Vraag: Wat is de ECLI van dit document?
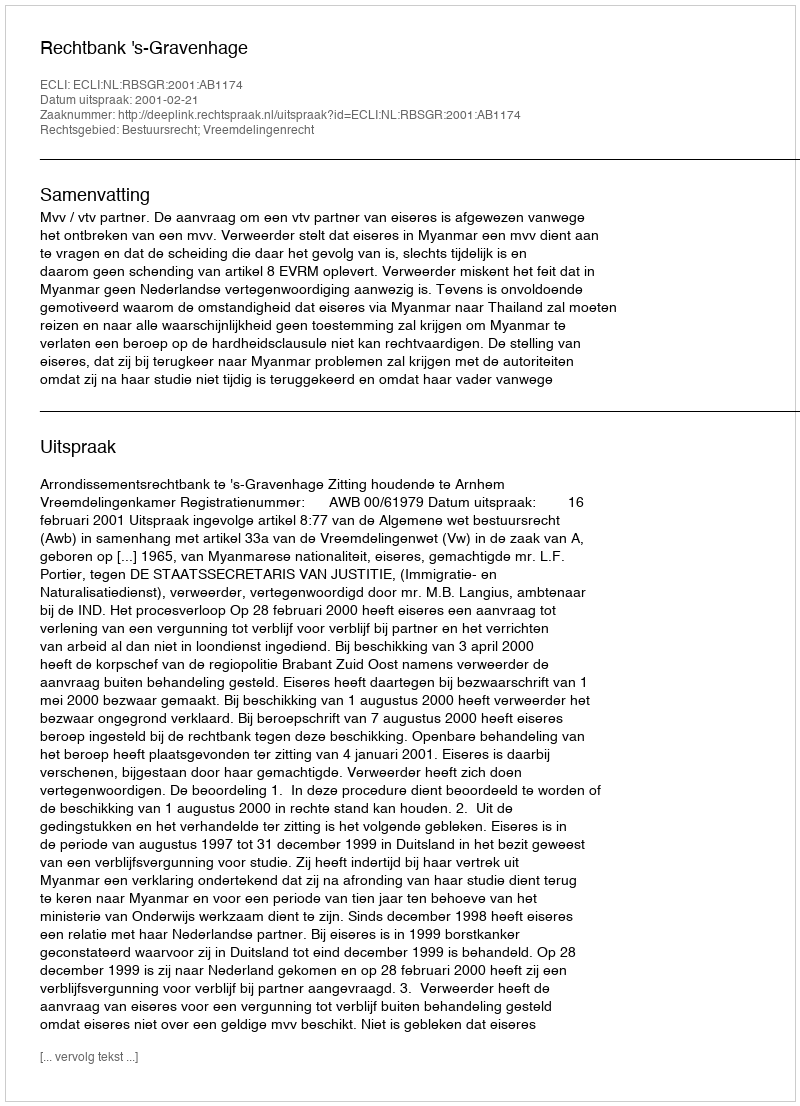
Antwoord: ECLI:NL:RBSGR:2001:AB1174